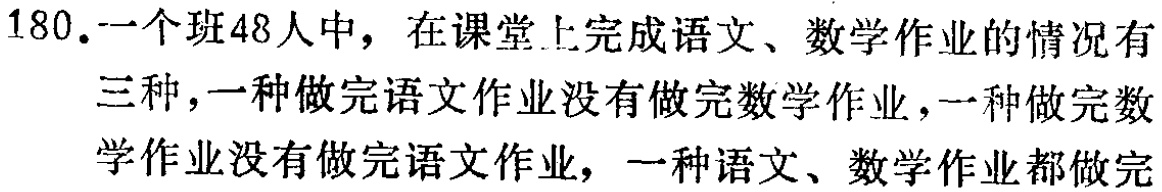
180.一个班48人中，在课堂上完成语文、数学作业的情况有三种，一种做完语文作业没有做完数学作业，一种做完数学作业没有做完语文作业，一种语文、数学作业都做完